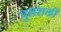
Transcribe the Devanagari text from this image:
पुलशक्ती